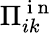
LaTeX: \Pi_{ik}^{\mathrm{~i~n~}}